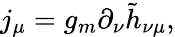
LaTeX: j_{\mu}=g_{m}\partial_{\nu}\tilde{h}_{\nu\mu},